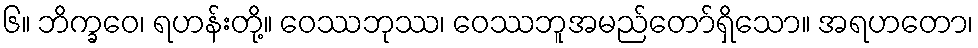
၆။ ဘိက္ခဝေ၊ ရဟန်းတို့။ ဝေဿဘုဿ၊ ဝေဿဘူအမည်တော်ရှိသော။ အရဟတော၊